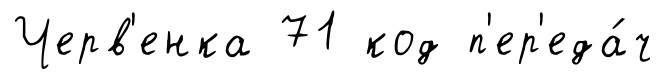
Черв'енка 71 код п'ер'еда́ч